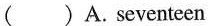
C.feet